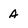
Character: a